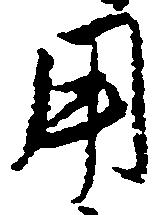
用